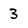
Character: 3